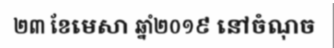
២៣ ខែមេសា ឆ្នាំ២០១៩ នៅចំណុច